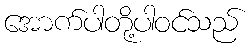
အောက်ပါတို့ပါဝင်သည်